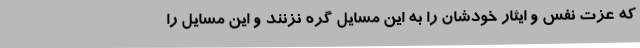
که عزت نفس و ایثار خودشان را به این مسایل گره نزنند و این مسایل را